Vaccination North-Western Provinces and Oudh 1878-1895 - 1878-1895
Year: 1878
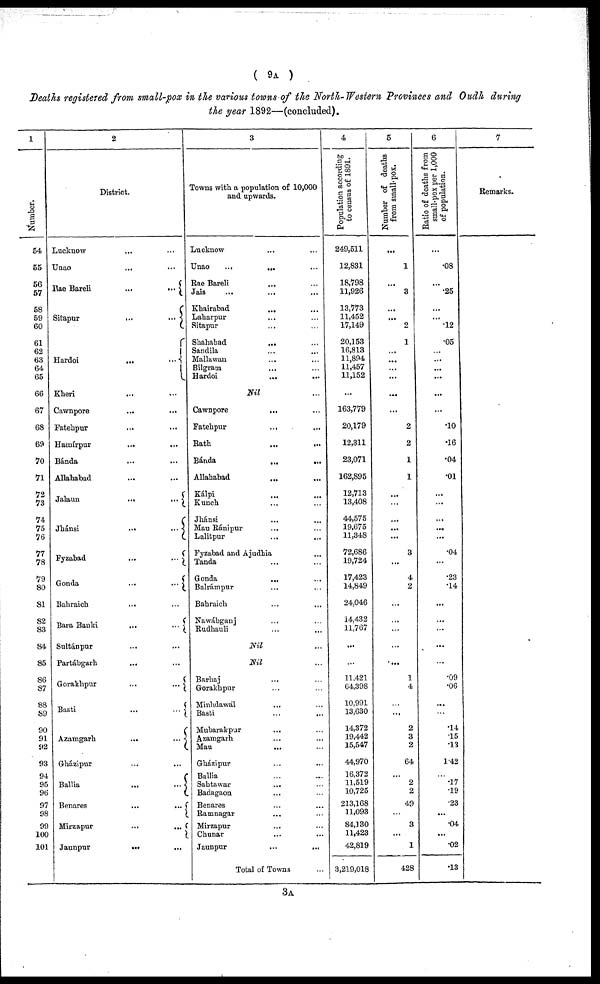
( 9A )
Deaths registered from, small-pox in the various towns of the North-Western Provinces and Oudh during
the year 1892—(concluded).
1
Number.
54
55
56
57
58
59
60
61
62
63
64
65
66
67
68
69
70
71
72
73
74
75
76
77
78
79
80
81
82
83
84
85
86
87
88
89
90
91
92
93
94
95
96
97
98
99
100
101
2
District.
Lucknow ... ...
Unao ... ...
Rae Bareli
...
...
Sitapur
...
...
Hardoi
...
...
Kheri
...
...
Cawnpore ... ...
Fatehpur ... ...
Hamírpur
...
...
Bánda ... ...
Allahabad ... ...
Jalaun
...
...
Jhánsi
...
...
Fyzabad
...
...
Gonda
...
...
Bahraich
...
...
Bara Banki
...
...
Sultánpur ... ...
Partábgarh ... ...
Gorakhpur
...
...
Basti
...
...
Azamgarh
...
...
Gházipur ... ...
Ballia
...
...
Benares
...
...
Mirzapur
...
...
Jaunpur
...
...
3
Towns with a population of 10,000
and upwards.
Lucknow ... ...
Unao
...
...
...
Rae Bareli ... ...
Jais ... ... ...
Khairabad ... ...
Laharpur ... ...
Sitapur ... ...
Shahabad ... ...
Sandila ... ...
Mallawan ... ...
Bilgram ... ...
Hardoi ... ...
Nil ...
Cawnpore
...
...
Fatehpur
...
...
Rath ... ...
Bánda
...
...
Allahabad
...
...
Kálpi ... ...
Kunch ... ...
Jhánsi ... ...
Mau Ránipur ... ...
Lalitpur ... ...
Fyzabad and Ajudhia ...
Tanda ... ...
Gonda ... ...
Balrámpur ... ...
Bahraich ... ...
Nawábganj ... ...
Rudhauli ... ...
Nil ...
Nil ...
Barhaj ... ...
Gorakhpur ... ...
Minhdawal ... ...
Basti
...
...
Mubarakpur ... ...
Azamgarh ... ...
Mau ... ...
Gházipur ... ...
Ballia ... ...
Sahtawar ... ...
Badagaon ... ...
Benares ... ...
Ramnagar ... ...
Mirzapur ... ...
Chunar ... ...
Jaunpur ... ...
Total of Towns ...
4
Population according
to census of 1891.
249,511
12,831
18,798
11,926
13,773
11,452
17,149
20,153
16,813
11,894
11,457
11,152
...
163,779
20,179
12,311
23,071
162,895
12,713
13,408
44,575
19,675
11,348
72,686
19,724
17,423
14,849
24,046
14,432
11,767
...
...
11,421
64,398
10,991
13,630
14,372
19,442
15,547
44,970
16,372
11,519
10,725
213,168
11,093
84,130
11,423
42,819
3,219,018
5
Number of deaths
from small-pox.
...
1
...
3
...
...
2
1
...
...
...
...
...
...
2
2
1
1
...
...
...
...
...
3
...
4
2
...
...
...
...
...
1
4
...
...
2
3
2
64
...
2
2
49
...
3
...
1
428
6
Ratio of deaths from
small-pox per 1,000
of population.
...
.08
...
.25
...
...
.12
.05
...
...
...
...
...
...
.10
.16
.04
.01
...
...
...
...
...
.04
...
.23
.14
...
...
...
...
...
.09
.06
...
...
.14
.15
.13
1.42
...
.17
.19
.23
...
.04
...
.02
.13
7
Remarks.
3A